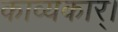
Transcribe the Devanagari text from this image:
काव्यकार्।